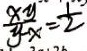
\frac { x y } { y - x } = \frac { 1 } { 2 }